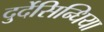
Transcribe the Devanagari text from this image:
दुर्देसिन्धिया